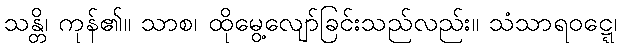
သန္တိ၊ ကုန်၏။ သာစ၊ ထိုမွေ့လျော်ခြင်းသည်လည်း။ သံသာရဝဋ္ဋေ၊